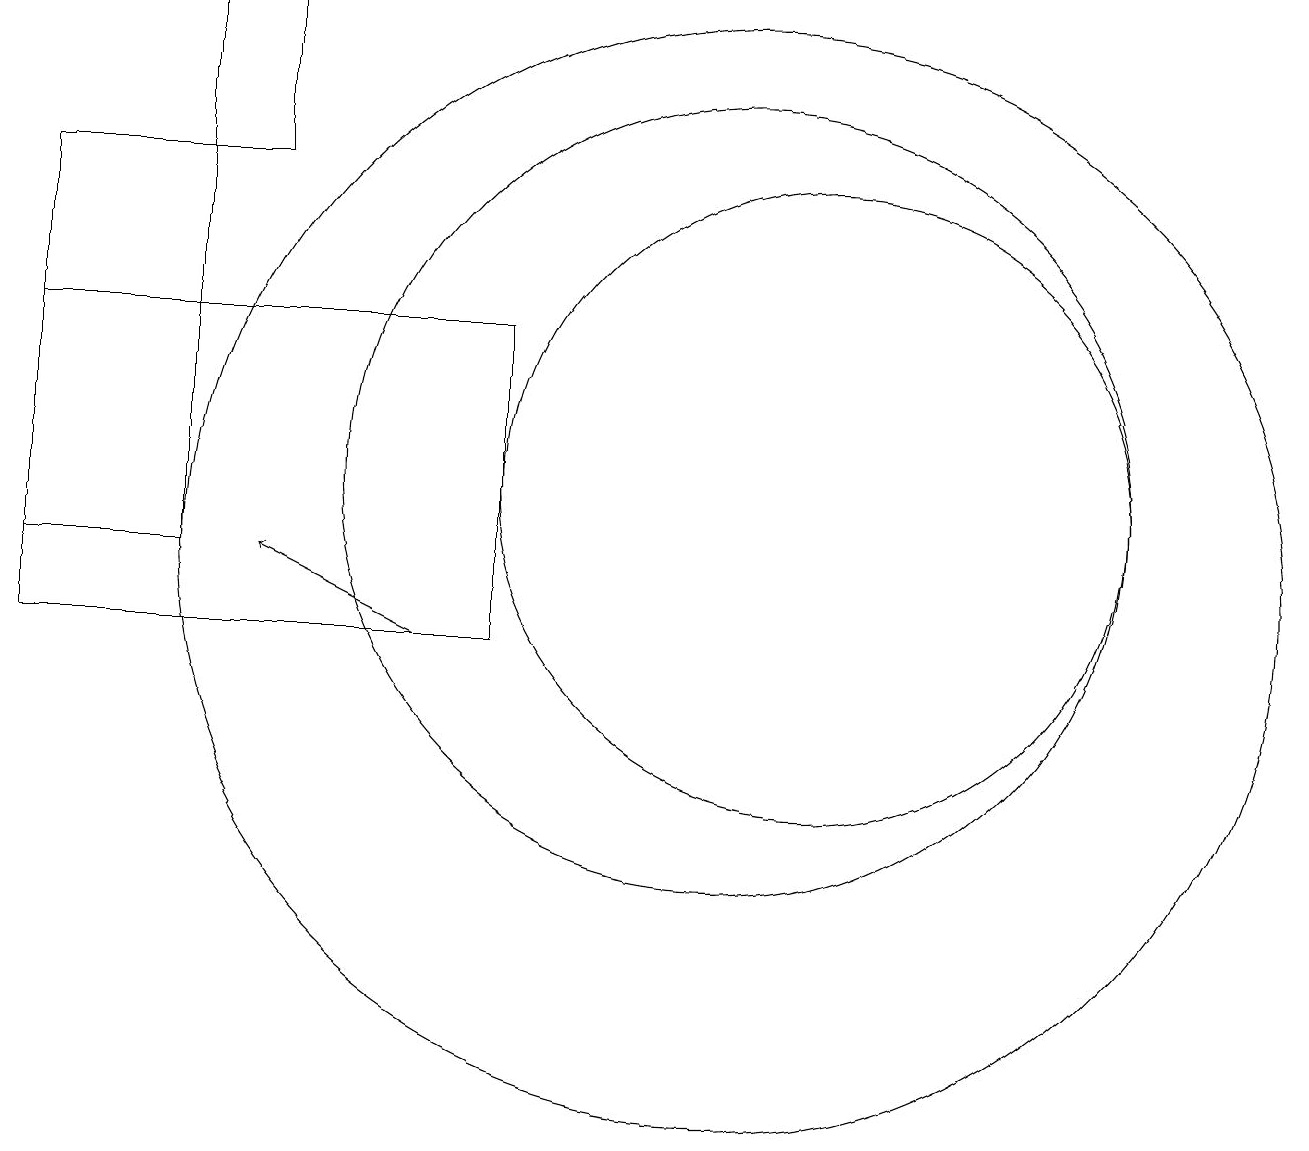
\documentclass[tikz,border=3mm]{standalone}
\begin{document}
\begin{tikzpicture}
\draw (10,12) circle (5);
\draw[->] (6,10) -- (4,11);
\draw (11,12) circle (4);
\draw (3,16) rectangle (4,18);
\draw (10,11) circle (7);
\draw (3,16) rectangle (1,11);
\draw (7,14) rectangle (1,10);
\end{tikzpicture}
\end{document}